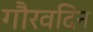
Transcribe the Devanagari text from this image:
गौरवदिन